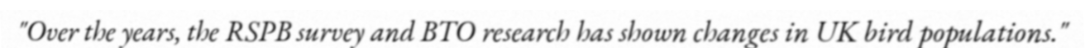
"Over the years, the RSPB survey and BTO research has shown changes in UK bird populations."